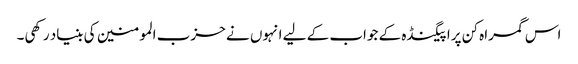
اس گمراہ کن پراپیگنڈہ کے جواب کے لیے انہوں نے حزب المومنین کی بنیاد رکھی۔